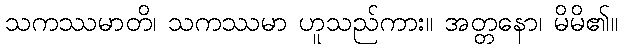
သကဿမာတိ၊ သကဿမာ ဟူသည်ကား။ အတ္တနော၊ မိမိ၏။